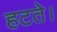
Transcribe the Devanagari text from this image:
हटते।